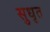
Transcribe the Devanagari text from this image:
सुधृत